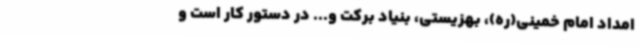
امداد امام خمینی(ره)، بهزیستی، بنیاد برکت و... در دستور کار است و